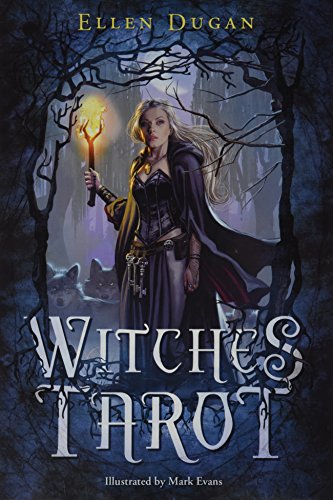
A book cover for Witches Tarot; Ellen Dugan; Religion & Spirituality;